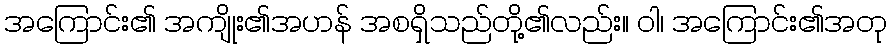
အကြောင်း၏ အကျိုး၏အဟန် အစရှိသည်တို့၏လည်း။ ဝါ၊ အကြောင်း၏အတု